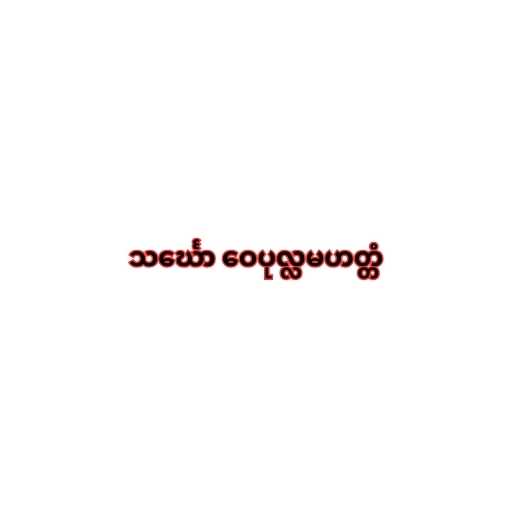
သင်္ဃော ဝေပုလ္လမဟတ္တံ